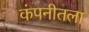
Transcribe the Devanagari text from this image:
कंपनीतला